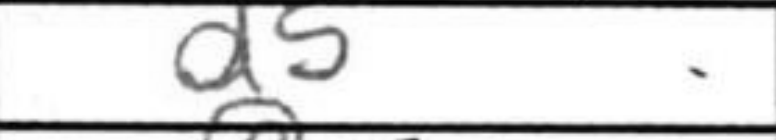
Transcription: d5